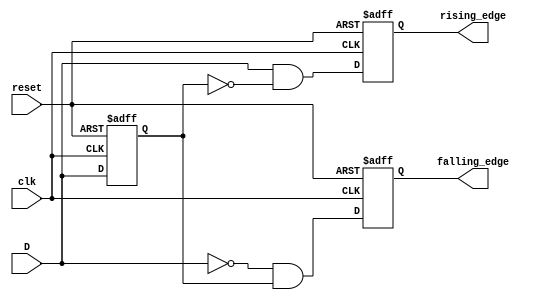
module edge_detector (
    input wire clk,         // Clock signal
    input wire reset,       // Reset signal
    input wire D,           // Input signal
    output reg rising_edge, // Rising edge output
    output reg falling_edge // Falling edge output
);

    // Memory block to store the previous state of the input signal
    reg previous_state;

    // Initialize the previous state and outputs on reset
    always @(posedge reset or posedge clk) begin
        if (reset) begin
            previous_state <= 1'b0; // Initialize to known state (0)
            rising_edge <= 1'b0;
            falling_edge <= 1'b0;
        end else begin
            // Edge detection logic
            rising_edge <= (D == 1'b1 && previous_state == 1'b0); // Detect rising edge
            falling_edge <= (D == 1'b0 && previous_state == 1'b1); // Detect falling edge
            
            // Update the previous state with the current input signal
            previous_state <= D;
        end
    end

endmodule